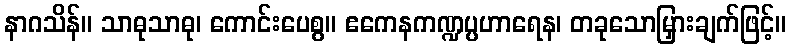
နာဂသိန်။ သာဓုသာဓု၊ ကောင်းပေစွ။ ဧကေနကဏ္ဍပ္ပဟာရေန၊ တခုသောမြှားချက်ဖြင့်။